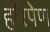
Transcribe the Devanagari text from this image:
हरिपेण